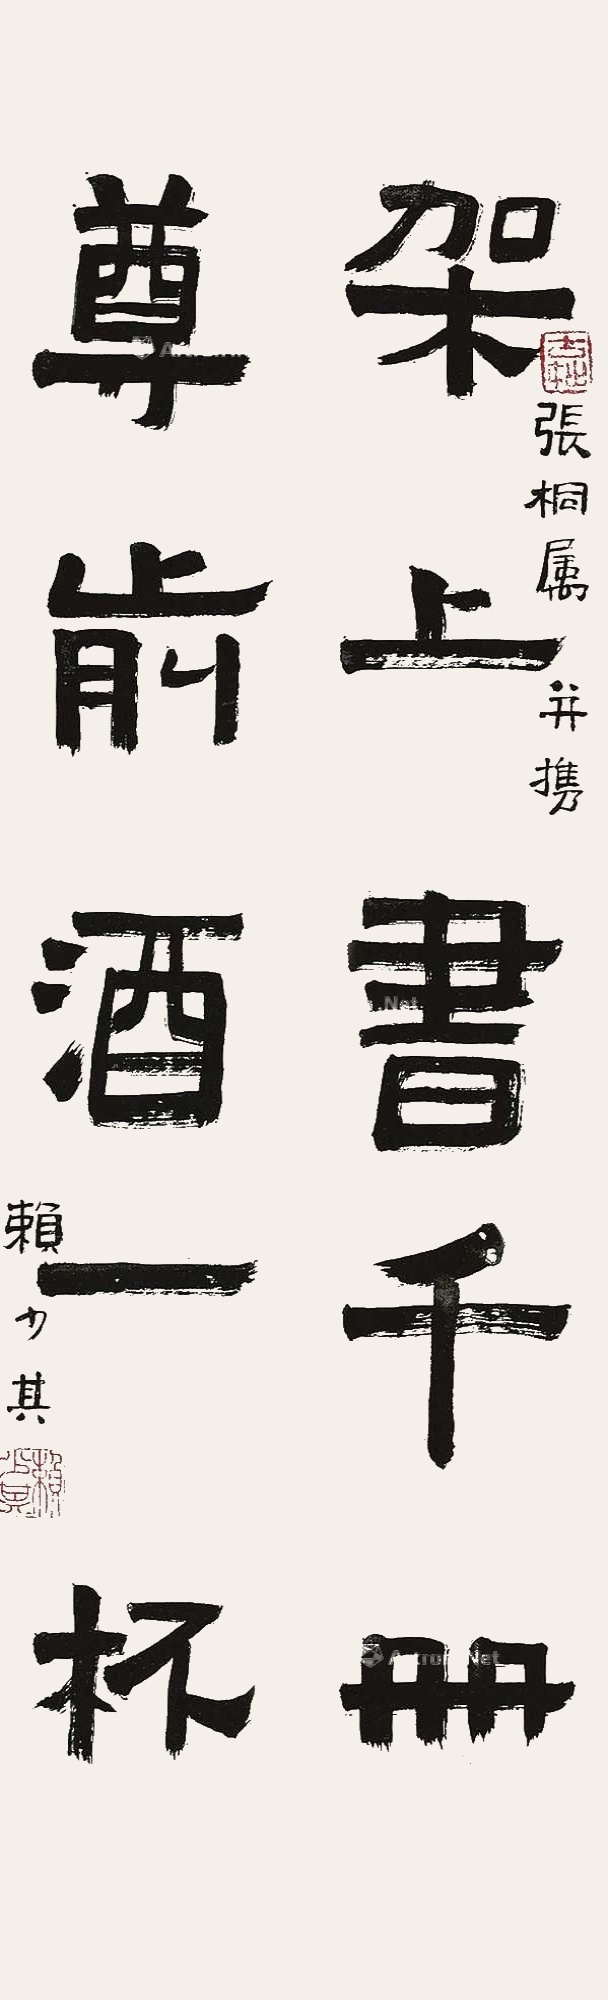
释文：架上书千册，尊前酒一杯。张桐属并携，赖少其。